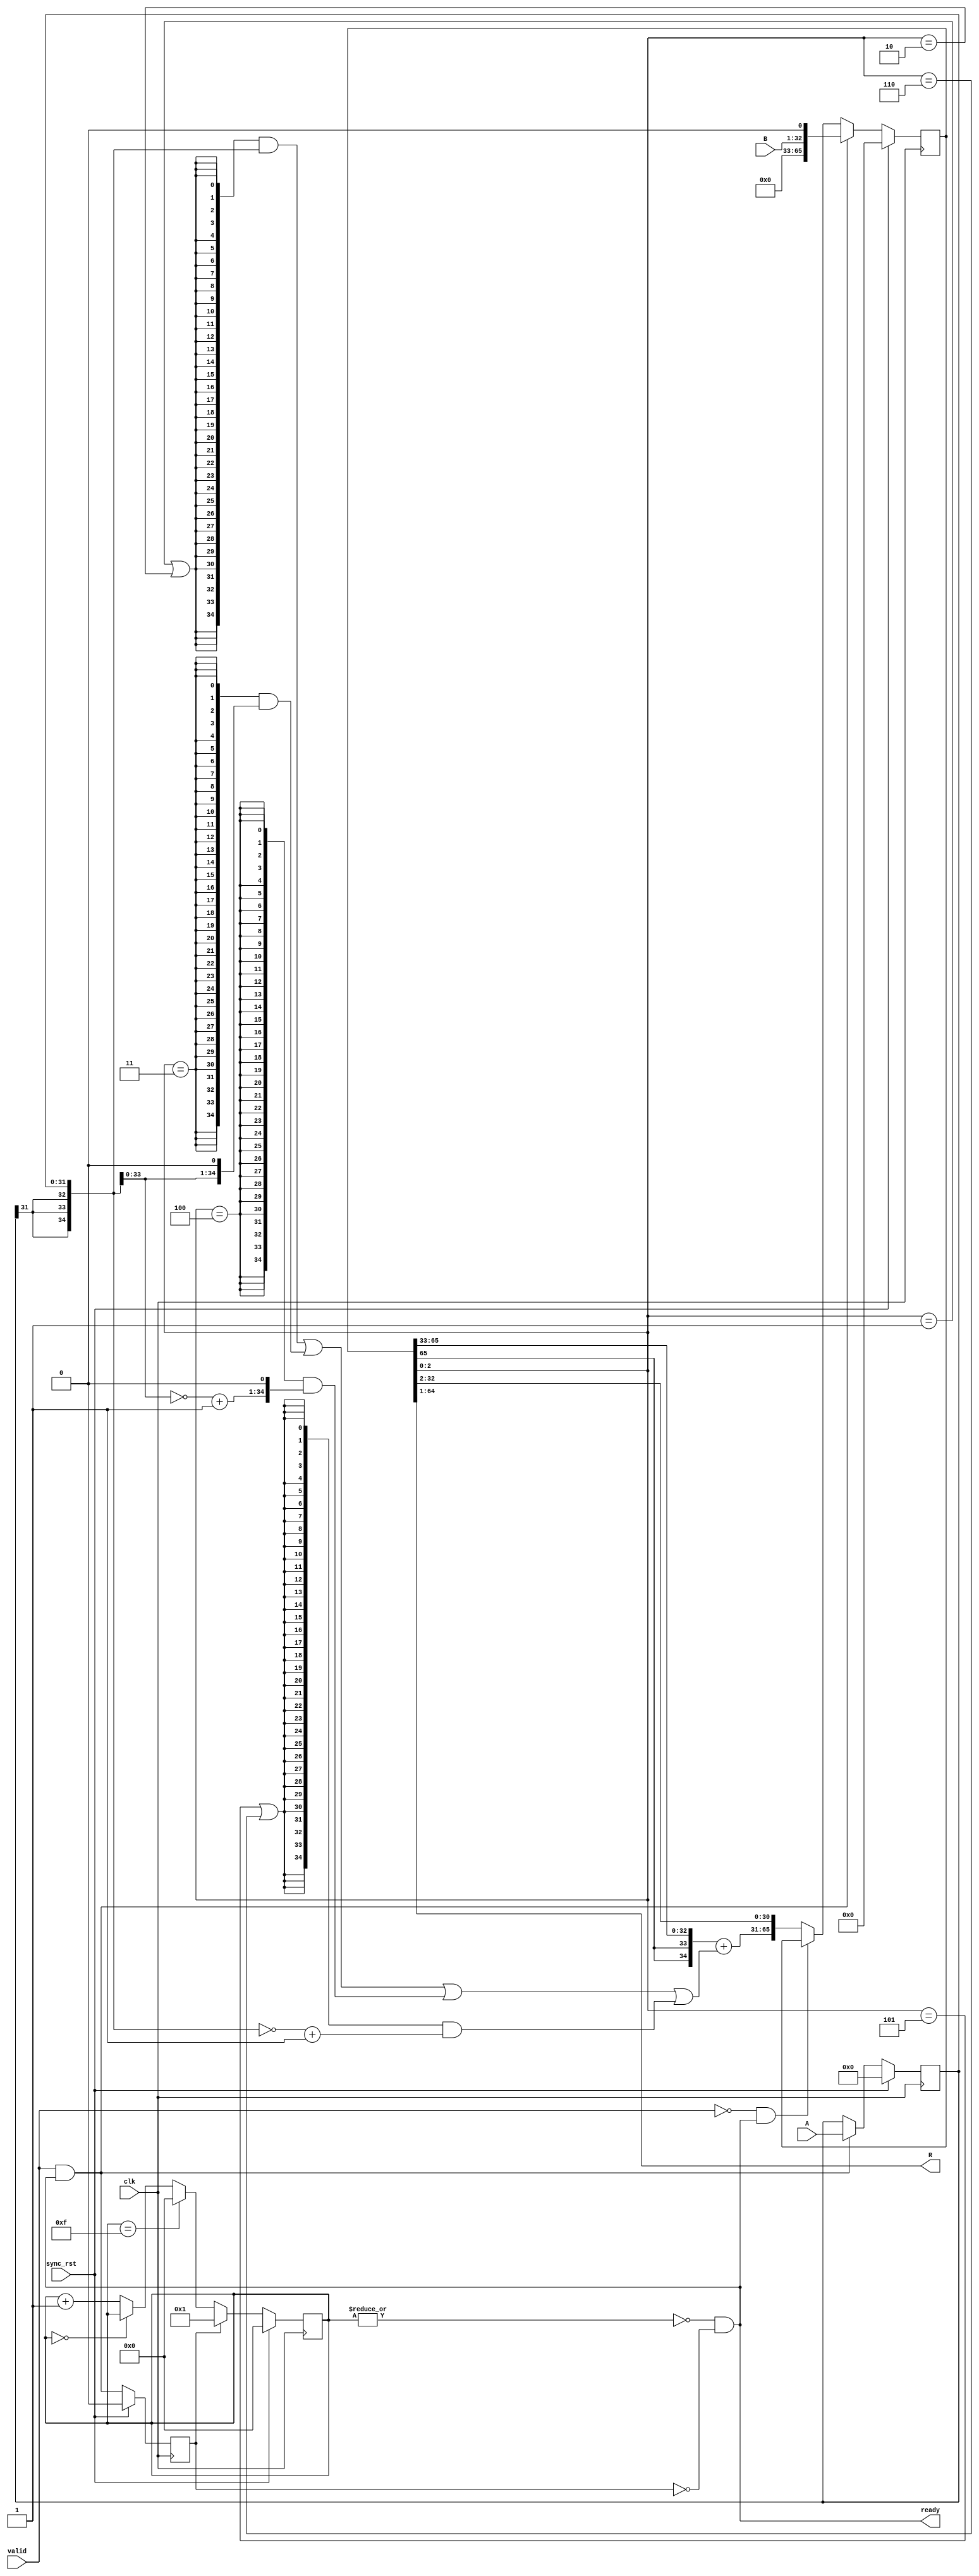
`timescale 1ns/1ps

module booth_multiplier32 
    (
        input wire clk,
        input wire sync_rst,
        input wire valid,
        input wire [31:0] A,
        input wire [31:0] B,
        output wire [63:0] R,
        output wire ready
    );
    
    // load and store A
    reg [31:0] A_reg;
    always @(posedge clk)
        if(sync_rst)
            A_reg<=32'b0;
        else if(valid&ready)
            A_reg<=A;
        else 
            A_reg<=A_reg;

    // load and store PART-SUM,B
    reg [65:0] M;
    wire [34:0] PARTSUM_load;
    always @(posedge clk)
        if(sync_rst)
            M<=66'b0;
        else if(valid&ready)
            M<={33'b0,B,1'b0};
        else if((~valid)&ready)
            M<=M;
        else
            M<={PARTSUM_load,M[32:2]};
    
    // calculate PART-SUM, analyse M[2:0]
    wire [34:0] A_ext;
    assign A_ext={A_reg[31],A_reg[31],A_reg[31],A_reg};
    
    wire [34:0] M_ext;
    assign M_ext={M[65],M[65],M[65:33]};
    
    wire [34:0] A_op;
    assign A_op={35{(M[2:0]==3'b001)|(M[2:0]==3'b010)}} & A_ext                     |
                {35{(M[2:0]==3'b011)}}                  & {A_ext[33:0],1'b0}        |
                {35{(M[2:0]==3'b100)}}                  & {~A_ext[33:0]+1'b1,1'b0}  |
                {35{(M[2:0]==3'b101)|(M[2:0]==3'b110)}} & (~A_ext+1'b1)             ;

    assign PARTSUM_load=M_ext+A_op;

    // get RESULT
    assign R=M[64:1];
    
    reg start;
    always @(posedge clk)
        if(sync_rst)
            start<=0;
        else
            start<=valid&ready;

    reg [3:0] count;
    always @(posedge clk)
        if(sync_rst)
            count<=4'd0;
        else if(start)
            count<=4'd1;
        else if(count==5'd15)
            count<=4'd0;
        else if(count==4'd0)
            count<=count;
        else
            count<=count+4'd1;

    assign ready=(~(|count))&(~start);
endmodule